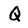
Character: Q